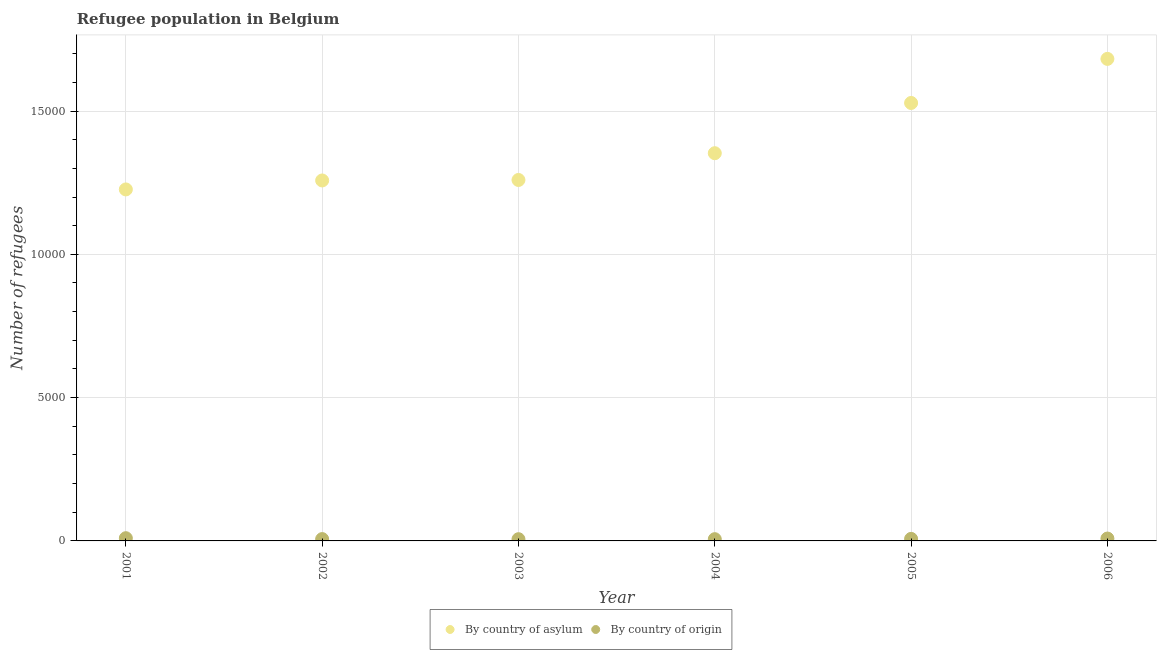
| Year | By country of asylum | By country of origin |
 | --- | --- | --- |
 | 2001 | 1.23e+04 | 95 |
 | 2002 | 1.26e+04 | 64 |
 | 2003 | 1.26e+04 | 60 |
 | 2004 | 1.35e+04 | 61 |
 | 2005 | 1.53e+04 | 71 |
 | 2006 | 1.68e+04 | 83 |